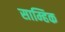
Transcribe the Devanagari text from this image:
साम्हिक